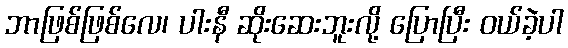
ဘာဖြစ်ဖြစ်လေ၊ ပါးနီ ဆိုးဆေးဘူးလို့ ပြောပြီး ဝယ်ခဲ့ပါ